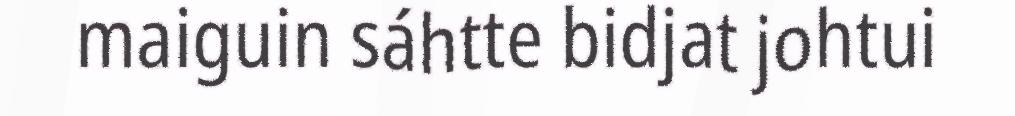
maiguin sáhtte bidjat johtui